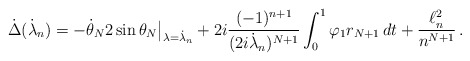
\begin{align*}\dot \Delta(\dot \lambda_n) = -\dot\theta_N2 \sin \theta_N\big|_{\lambda = \dot \lambda_n}+ 2i \frac{(-1)^{n+1}}{(2i \dot \lambda_n)^{N+1}}\int_0^1\varphi_1 r_{N+1}\,dt + \frac{\ell^2_n}{n^{N+1}} \, .\end{align*}